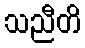
သညီတိ